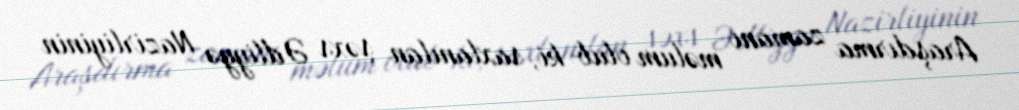
Araşdırma zamanı məlum olub ki, saxlanılan şəxs Ədliyyə Nazirliyinin